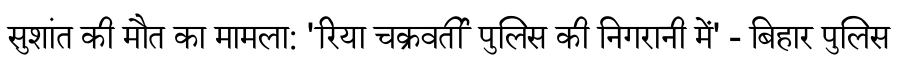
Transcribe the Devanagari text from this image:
सुशांत की मौत का मामला: 'रिया चक्रवर्ती पुलिस की निगरानी में' - बिहार पुलिस